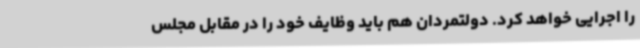
را اجرایی خواهد کرد. دولتمردان هم باید وظایف خود را در مقابل مجلس